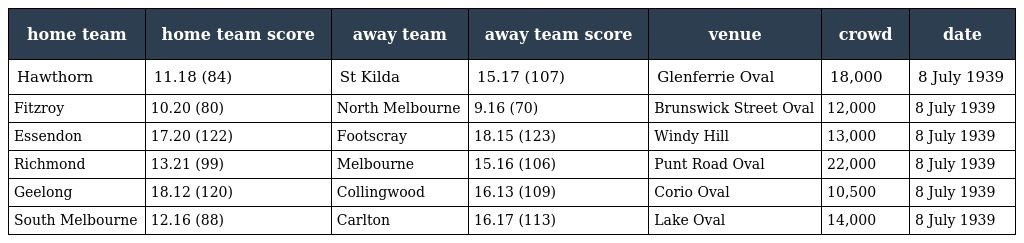
| home team | home team score | away team | away team score | venue | crowd | date |
 | --- | --- | --- | --- | --- | --- | --- |
 | Hawthorn | 11.18 (84) | St Kilda | 15.17 (107) | Glenferrie Oval | 18,000 | 8 July 1939 |
 | Fitzroy | 10.20 (80) | North Melbourne | 9.16 (70) | Brunswick Street Oval | 12,000 | 8 July 1939 |
 | Essendon | 17.20 (122) | Footscray | 18.15 (123) | Windy Hill | 13,000 | 8 July 1939 |
 | Richmond | 13.21 (99) | Melbourne | 15.16 (106) | Punt Road Oval | 22,000 | 8 July 1939 |
 | Geelong | 18.12 (120) | Collingwood | 16.13 (109) | Corio Oval | 10,500 | 8 July 1939 |
 | South Melbourne | 12.16 (88) | Carlton | 16.17 (113) | Lake Oval | 14,000 | 8 July 1939 |